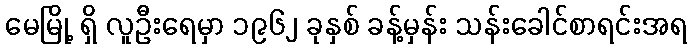
မေမြို့ ရှိ လူဦးရေမှာ ၁၉၆၂ ခုနှစ် ခန့်မှန်း သန်းခေါင်စာရင်းအရ